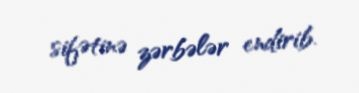
sifətinə zərbələr endirib.